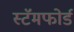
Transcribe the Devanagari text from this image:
स्टॅमफोर्ड